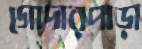
গোদারপাড়া